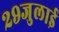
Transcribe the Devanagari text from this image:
२९जुलाई